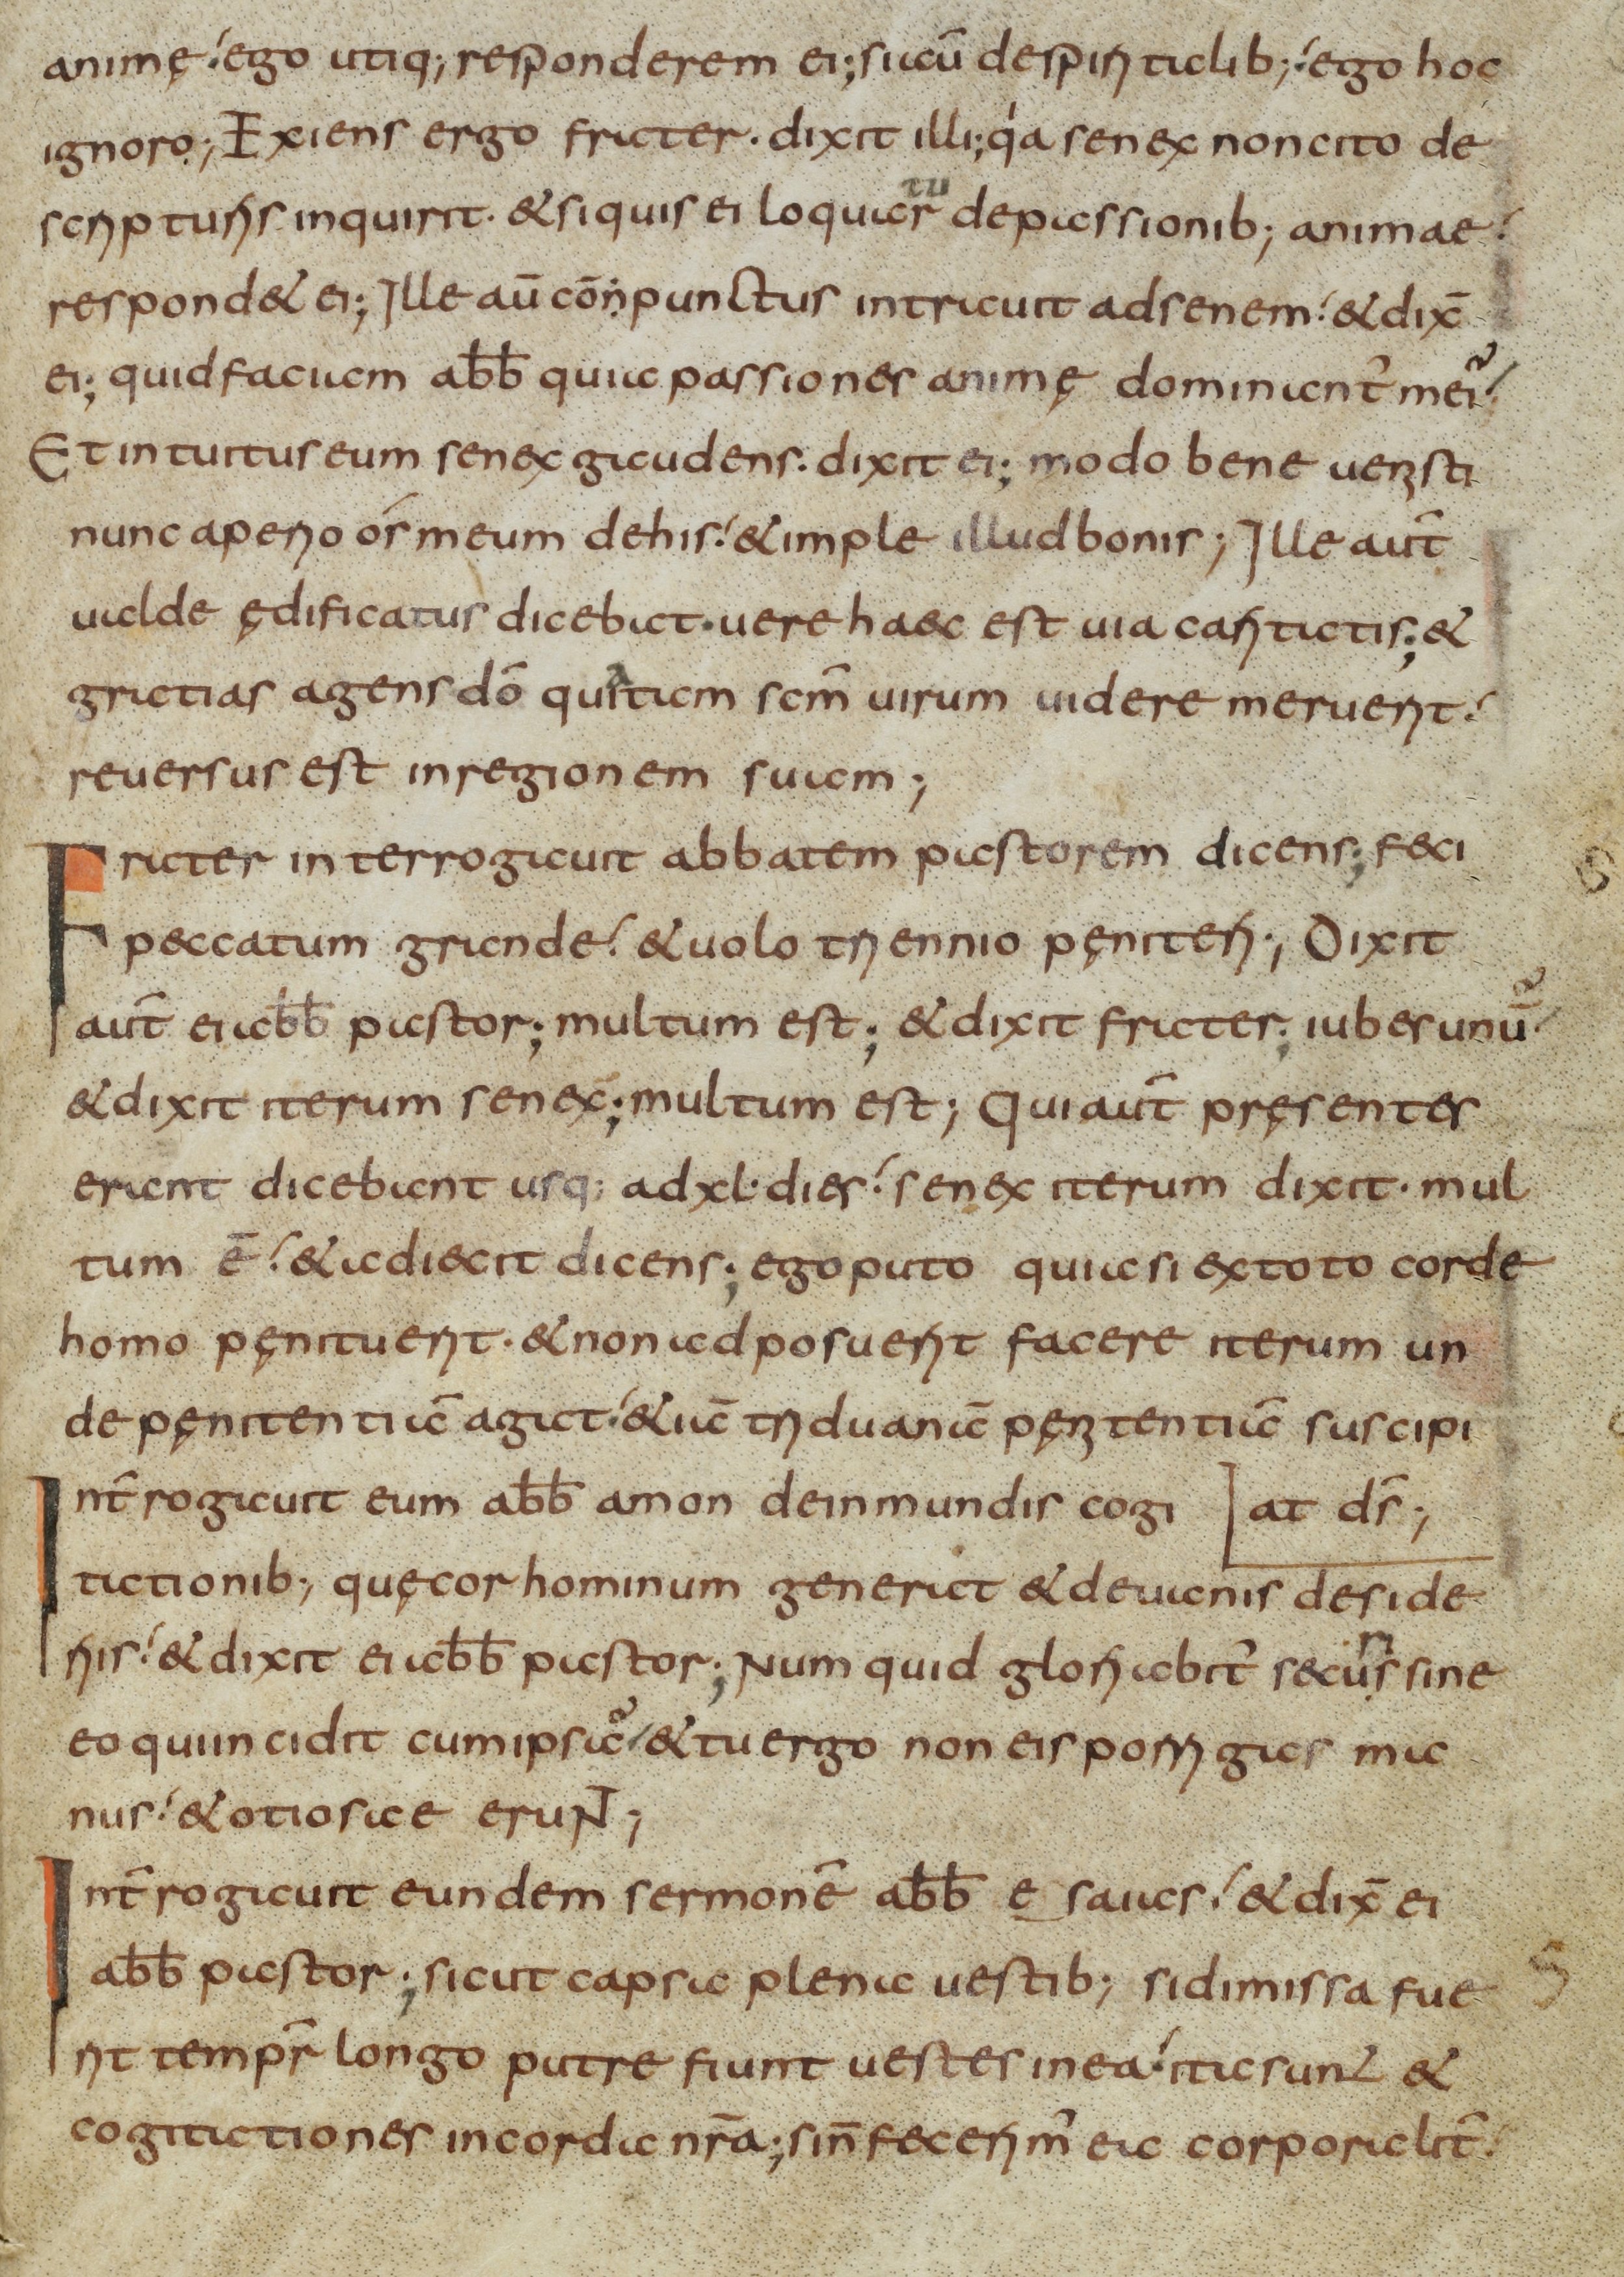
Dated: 800–849